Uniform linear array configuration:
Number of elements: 48
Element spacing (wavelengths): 0.25
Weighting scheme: exponential
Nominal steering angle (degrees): -60
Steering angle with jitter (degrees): -58.807
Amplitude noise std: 0.05
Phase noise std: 0.05

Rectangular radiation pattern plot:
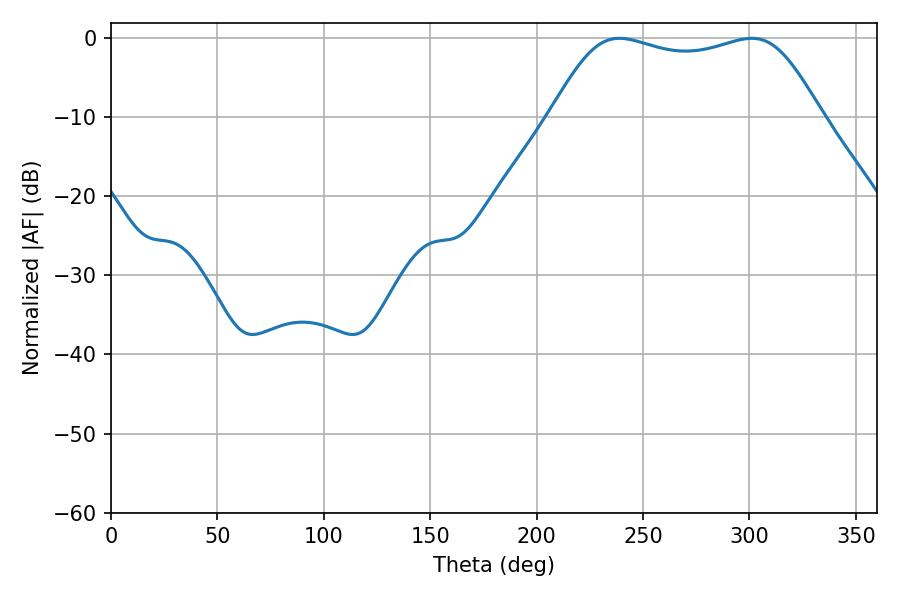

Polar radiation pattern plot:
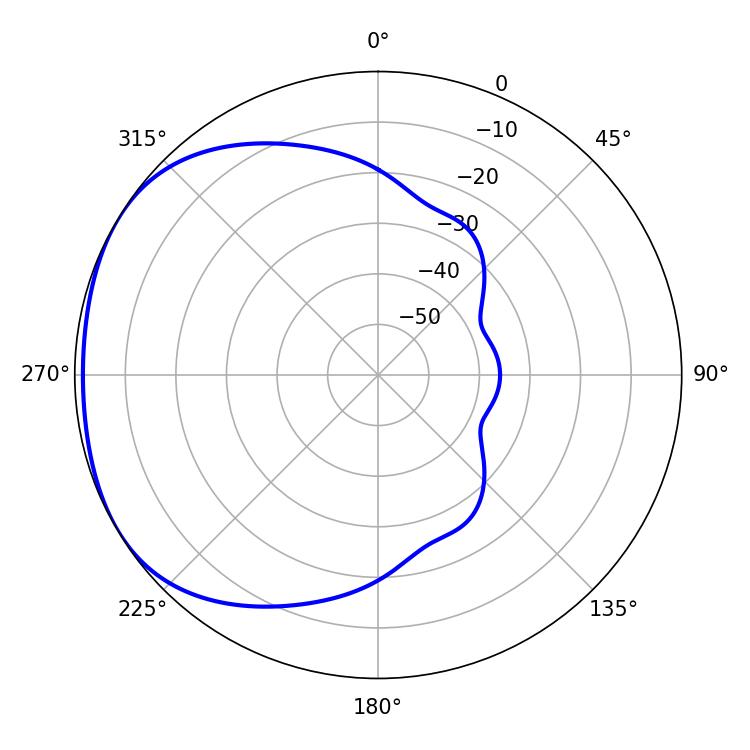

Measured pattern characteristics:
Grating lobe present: FALSE
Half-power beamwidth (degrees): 97.92
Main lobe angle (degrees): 238.86